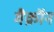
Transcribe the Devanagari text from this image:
मैक्रॉन